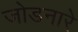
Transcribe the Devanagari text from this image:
जोडनारे